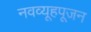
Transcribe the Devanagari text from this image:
नवव्यूहपूजन